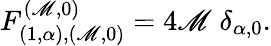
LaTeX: F_{(1,\alpha),(\mathscr{M},0)}^{(\mathscr{M},0)}=4\mathscr{M}\; \delta_{\alpha,0}.